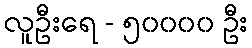
လူဦးရေ - ၅၀၀၀၀ ဦး